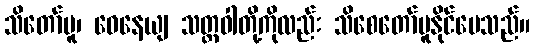
သိတော်မူ၊ ဝေနေယျ သတ္တဝါတို့ကိုလည်း သိစေတော်မူနိုင်ပေသည်။